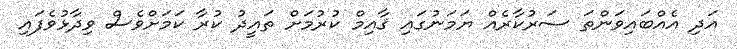
އަދި އެއްބައިވަންތަ ސަރުކާރެއް ޔަމަނުގައި ޤާއިމް ކުރުމަށް ތައީދު ކުރާ ކަމަށްވެސް ވިދާޅުވެފައި